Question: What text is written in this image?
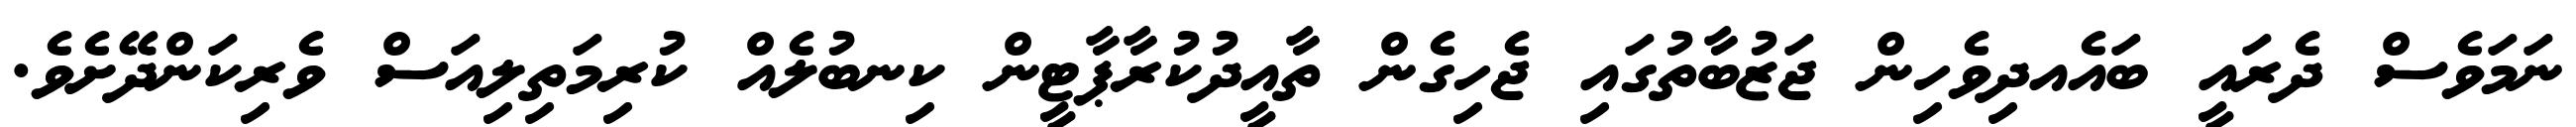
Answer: ނަމަވެސް ދެރައީ ބައެއދިވެހިން ޖަޒުބާތުގައި ޖެހިގެން ތާއީދުކުރާޕާޓީން ކިނބުލެއް ކުރިމަތިލިއަސް ވެރިކަންދޭށެވެ.